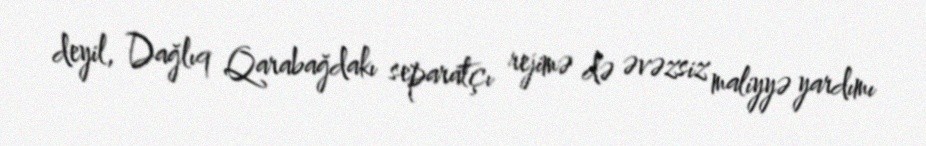
deyil, Dağlıq Qarabağdakı separatçı rejimə də əvəzsiz maliyyə yardımı